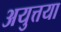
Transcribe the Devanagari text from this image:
अयुत्तया